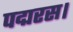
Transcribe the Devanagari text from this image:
पद्मरस।